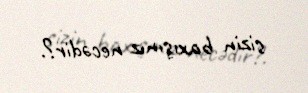
sizin baxışınız necədir?.